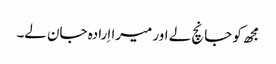
مجھ کو جانچ لے اور میرا اِرادہ جان لے۔